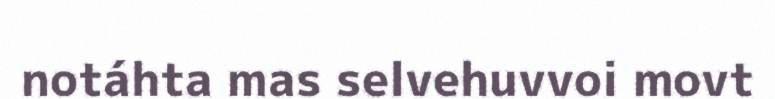
notáhta mas selvehuvvoi movt